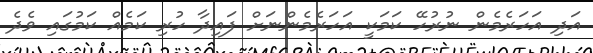
އަދި އަހަރެމެން ނުރުހޭ ކަމަކީ އަހަރެމެންނަށް ފައިދާ ހުރި ކަމެއް ކަމުގައި ވެދެ